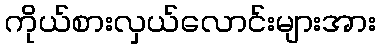
ကိုယ်စားလှယ်လောင်းများအား